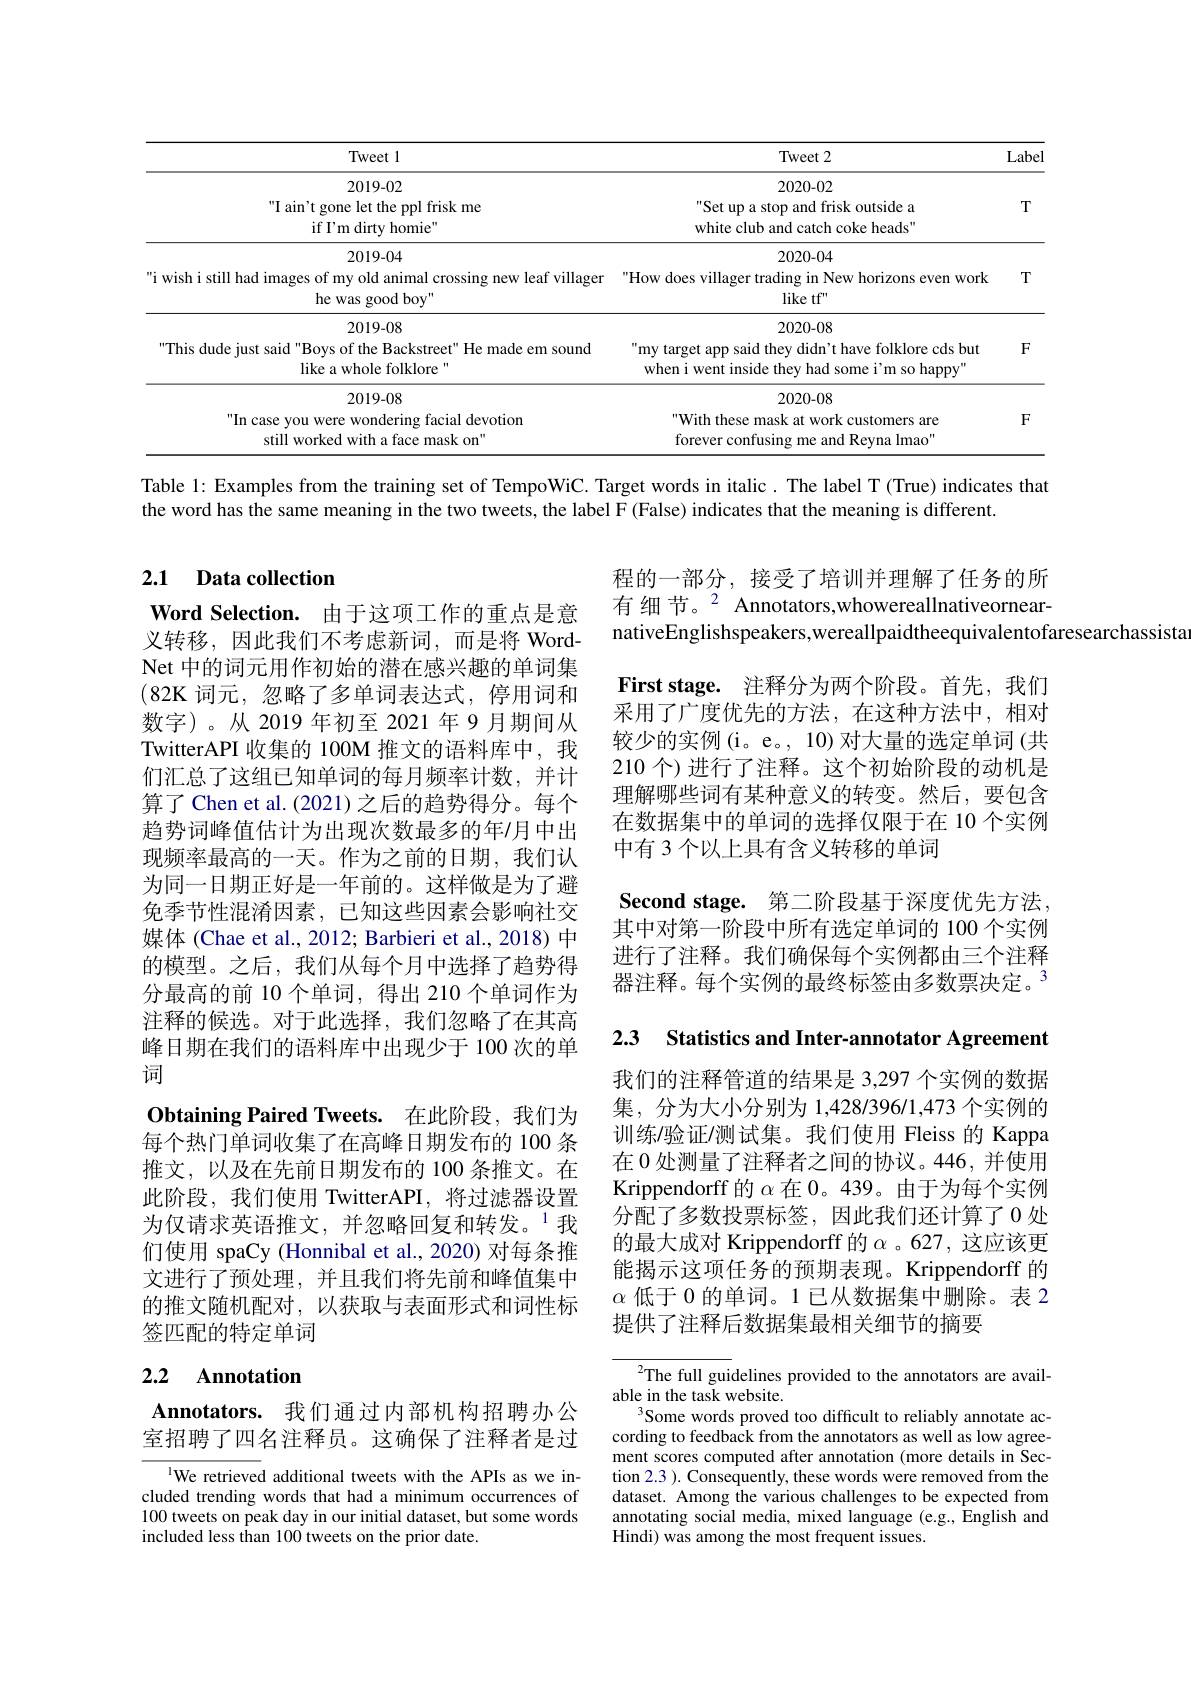
<table>
	<tbody>
		<tr>
			<th>Tweet l</th>
			<th>Tweet 2</th>
			<th>Label</th>
		</tr>
		<tr>
			<td>2019-02 I ain't gone let the ppl frisk me if $I^{\prime }$m dirty homie" </td>
			<td>2020-02 Set up a stop and frisk outside a white club and catch coke heads"</td>
			<td>$T$</td>
		</tr>
		<tr>
			<td>2019-04 i wish i still had images of my old animal crossing new leaf villager he was good boy'</td>
			<td>2020-04 How does villager trading in New horizons even work like tf"</td>
			<td>$T$</td>
		</tr>
		<tr>
			<td>2019-08 This dude just said "Boys of the Backstreet" He made em sound like a whole folklore"</td>
			<td>2020-08 my target app said they didn't have folklore cds but when i went inside they had some i'm so happy'</td>
			<td>$F$</td>
		</tr>
		<tr>
			<td>2019-08 In case you were wondering facial devotion still worked with a face mask on"</td>
			<td>2020-08 With these mask at work customers are forever confusing me and Reyna lmao"</td>
			<td>$F$</td>
		</tr>
	</tbody>
</table>

Table 1: Examples from the training set of TempoWiC. Target words in italic. The label T (True) indicates that

the word has the same meaning in the two tweets, the label F (False) indicates that the meaning is different.

## 2.1 Data collection

Word Selection. 由于这项工作的重点是意义转移，因此我们不考虑新词，而是将 WordNet 中的词元用作初始的潜在感兴趣的单词集$(82\mathbf{K}$词元，忽略了多单词表达式，停用词和数字)。从 2019 年初至 2021 年 9 月期间从TwitterAPI 收集的 100M 推文的语料库中，我们汇总了这组已知单词的每月频率计数，并计算了 Chen et al.(2021)之后的趋势得分。每个趋势词峰值估计为出现次数最多的年/月中出现频率最高的一天。作为之前的日期，我们认为同一日期正好是一年前的。这样做是为了避免季节性混淆因素，已知这些因素会影响社交媒体 (Chae et al., 2012; Barbieri et al., 2018) 中的模型。之后，我们从每个月中选择了趋势得分最高的前 10 个单词，得出 210 个单词作为注释的候选。对于此选择，我们忽略了在其高峰日期在我们的语料库中出现少于 100 次的单词
Obtaining Paired Tweets. 在此阶段，我们为每个热门单词收集了在高峰日期发布的 100 条推文，以及在先前日期发布的 100 条推文。在此阶段，我们使用 TwitterAPI, 将过滤器设置为仅请求英语推文，并忽略回复和转发。$^{1}$我们使用 spaCy (Honnibal et al., 2020) 对每条推文进行了预处理，并且我们将先前和峰值集中的推文随机配对，以获取与表面形式和词性标签匹配的特定单词

## 2.2 Annotation

$\textbf{Annotators. 我 们 通 过 内 部 机 构 招 聘 办 公 }$ 室招聘了四名注释员。这确保了注释者是过

$^{\text{l}}$We retrieved additional tweets with the APIs as we included trending words that had a minimum occurrences of 100 tweets on peak day in our initial dataset, but some words included less than 100 tweets on the prior date.

程的一部分，接受了培训并理解了任务的所有 细 节。$^2$ Annotators,whowereallnativeornearnativeEnglishspeakers,wereallpaidtheequivalentofaresearchassista

First stage. 注释分为两个阶段。首先，我们采用了广度优先的方法，在这种方法中，相对较少的实例(i。e。, 10)对大量的选定单词(共210 个) 进行了注释。这个初始阶段的动机是理解哪些词有某种意义的转变。然后，要包含在数据集中的单词的选择仅限于在 10 个实例中有 3 个以上具有含义转移的单词
$\textbf{Second stage. 第 二 阶 段 基 于 深 度 优 先 方 法 }$, 其中对第一阶段中所有选定单词的 100 个实例进行了注释。我们确保每个实例都由三个注释器注释。每个实例的最终标签由多数票决定。$^{3}$

2.3 Statistics and Inter-annotator Agreement

我们的注释管道的结果是 3,297 个实例的数据集，分为大小分别为 1,428/396/1,473 个实例的训练/验证/测试集。我们使用 Fleiss 的 Kappa 在 0 处测量了注释者之间的协议。446,并使用Krippendorff 的$\alpha$在 0。439。由于为每个实例分配了多数投票标签，因此我们还计算了0 处的最大成对 Krippendorff 的$\alpha$。627,这应该更能揭示这项任务的预期表现。Krippendorff 的$\alpha$低于 0 的单词。1 已从数据集中删除。表 2提供了注释后数据集最相关细节的摘要

${{^{2}}}$The full guidelines provided to the annotators are avail-
able in the task website.
Some words proved too difficult to reliably annotate according to feedback from the annotators as well as low agreement scores computed after annotation (more details in Section 2. 3 ) . Consequently, these words were removed from the dataset. Among the various challenges to be expected from annotating social media, mixed language (e.g., English and Hindi) was among the most frequent issues.